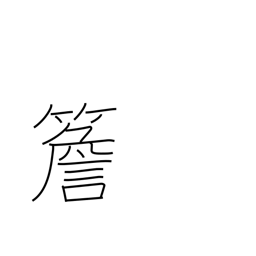
Meaning: eaves